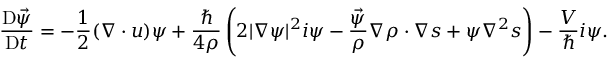
\frac { \mathrm { D } \vec { \psi } } { \mathrm { D } t } = - \frac 1 2 ( \boldsymbol { \nabla } \cdot \boldsymbol { u } ) \boldsymbol { \psi } + \frac { \hbar } { 4 \rho } \left( 2 | \boldsymbol { \nabla } \boldsymbol { \psi } | ^ { 2 } \boldsymbol { i \psi } - \frac { \vec { \psi } } { \rho } \boldsymbol { \nabla } \rho \cdot \boldsymbol { \nabla } \boldsymbol { s } + \boldsymbol { \psi } \nabla ^ { 2 } \boldsymbol { s } \right) - \frac { V } { \hbar } \boldsymbol { i \psi } .